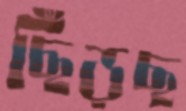
ছিঁড়ছ